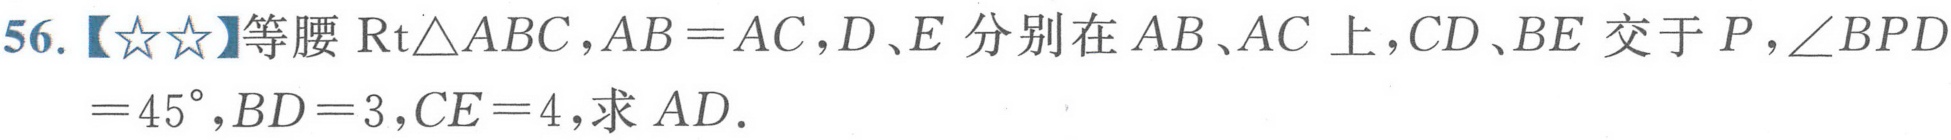
56.【★★】等腰$\mathrm{Rt}\triangle ABC,AB = AC,D、E$分别在$AB、AC$上，$CD、BE$交于$P,\angle BPD = 45^{\circ},BD = 3,CE = 4,$求$AD.$